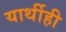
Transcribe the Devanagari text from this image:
यार्थीही